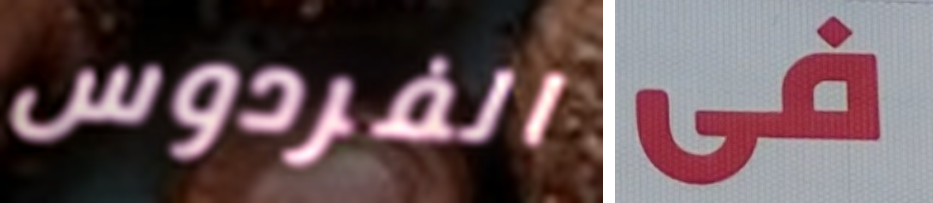
الفردوس فى